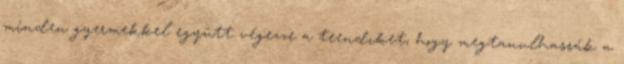
minden gyermekkel együtt végezze a teendıket, hogy megtanulhassák a